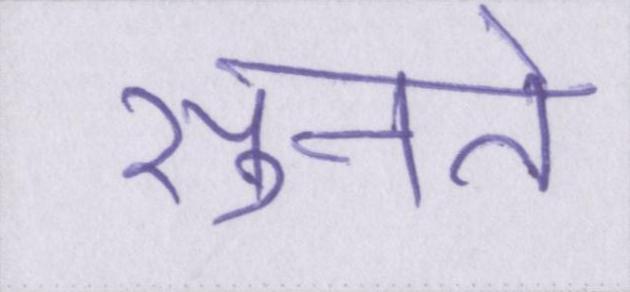
सुनते